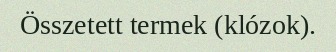
Összetett termek (klózok).